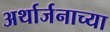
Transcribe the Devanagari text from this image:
अर्थार्जनाच्या